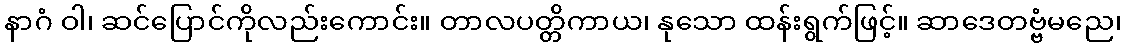
နာဂံ ဝါ၊ ဆင်ပြောင်ကိုလည်းကောင်း။ တာလပတ္တိကာယ၊ နုသော ထန်းရွက်ဖြင့်။ ဆာဒေတဗ္ဗံမညေ၊